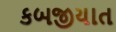
કબજીયાત